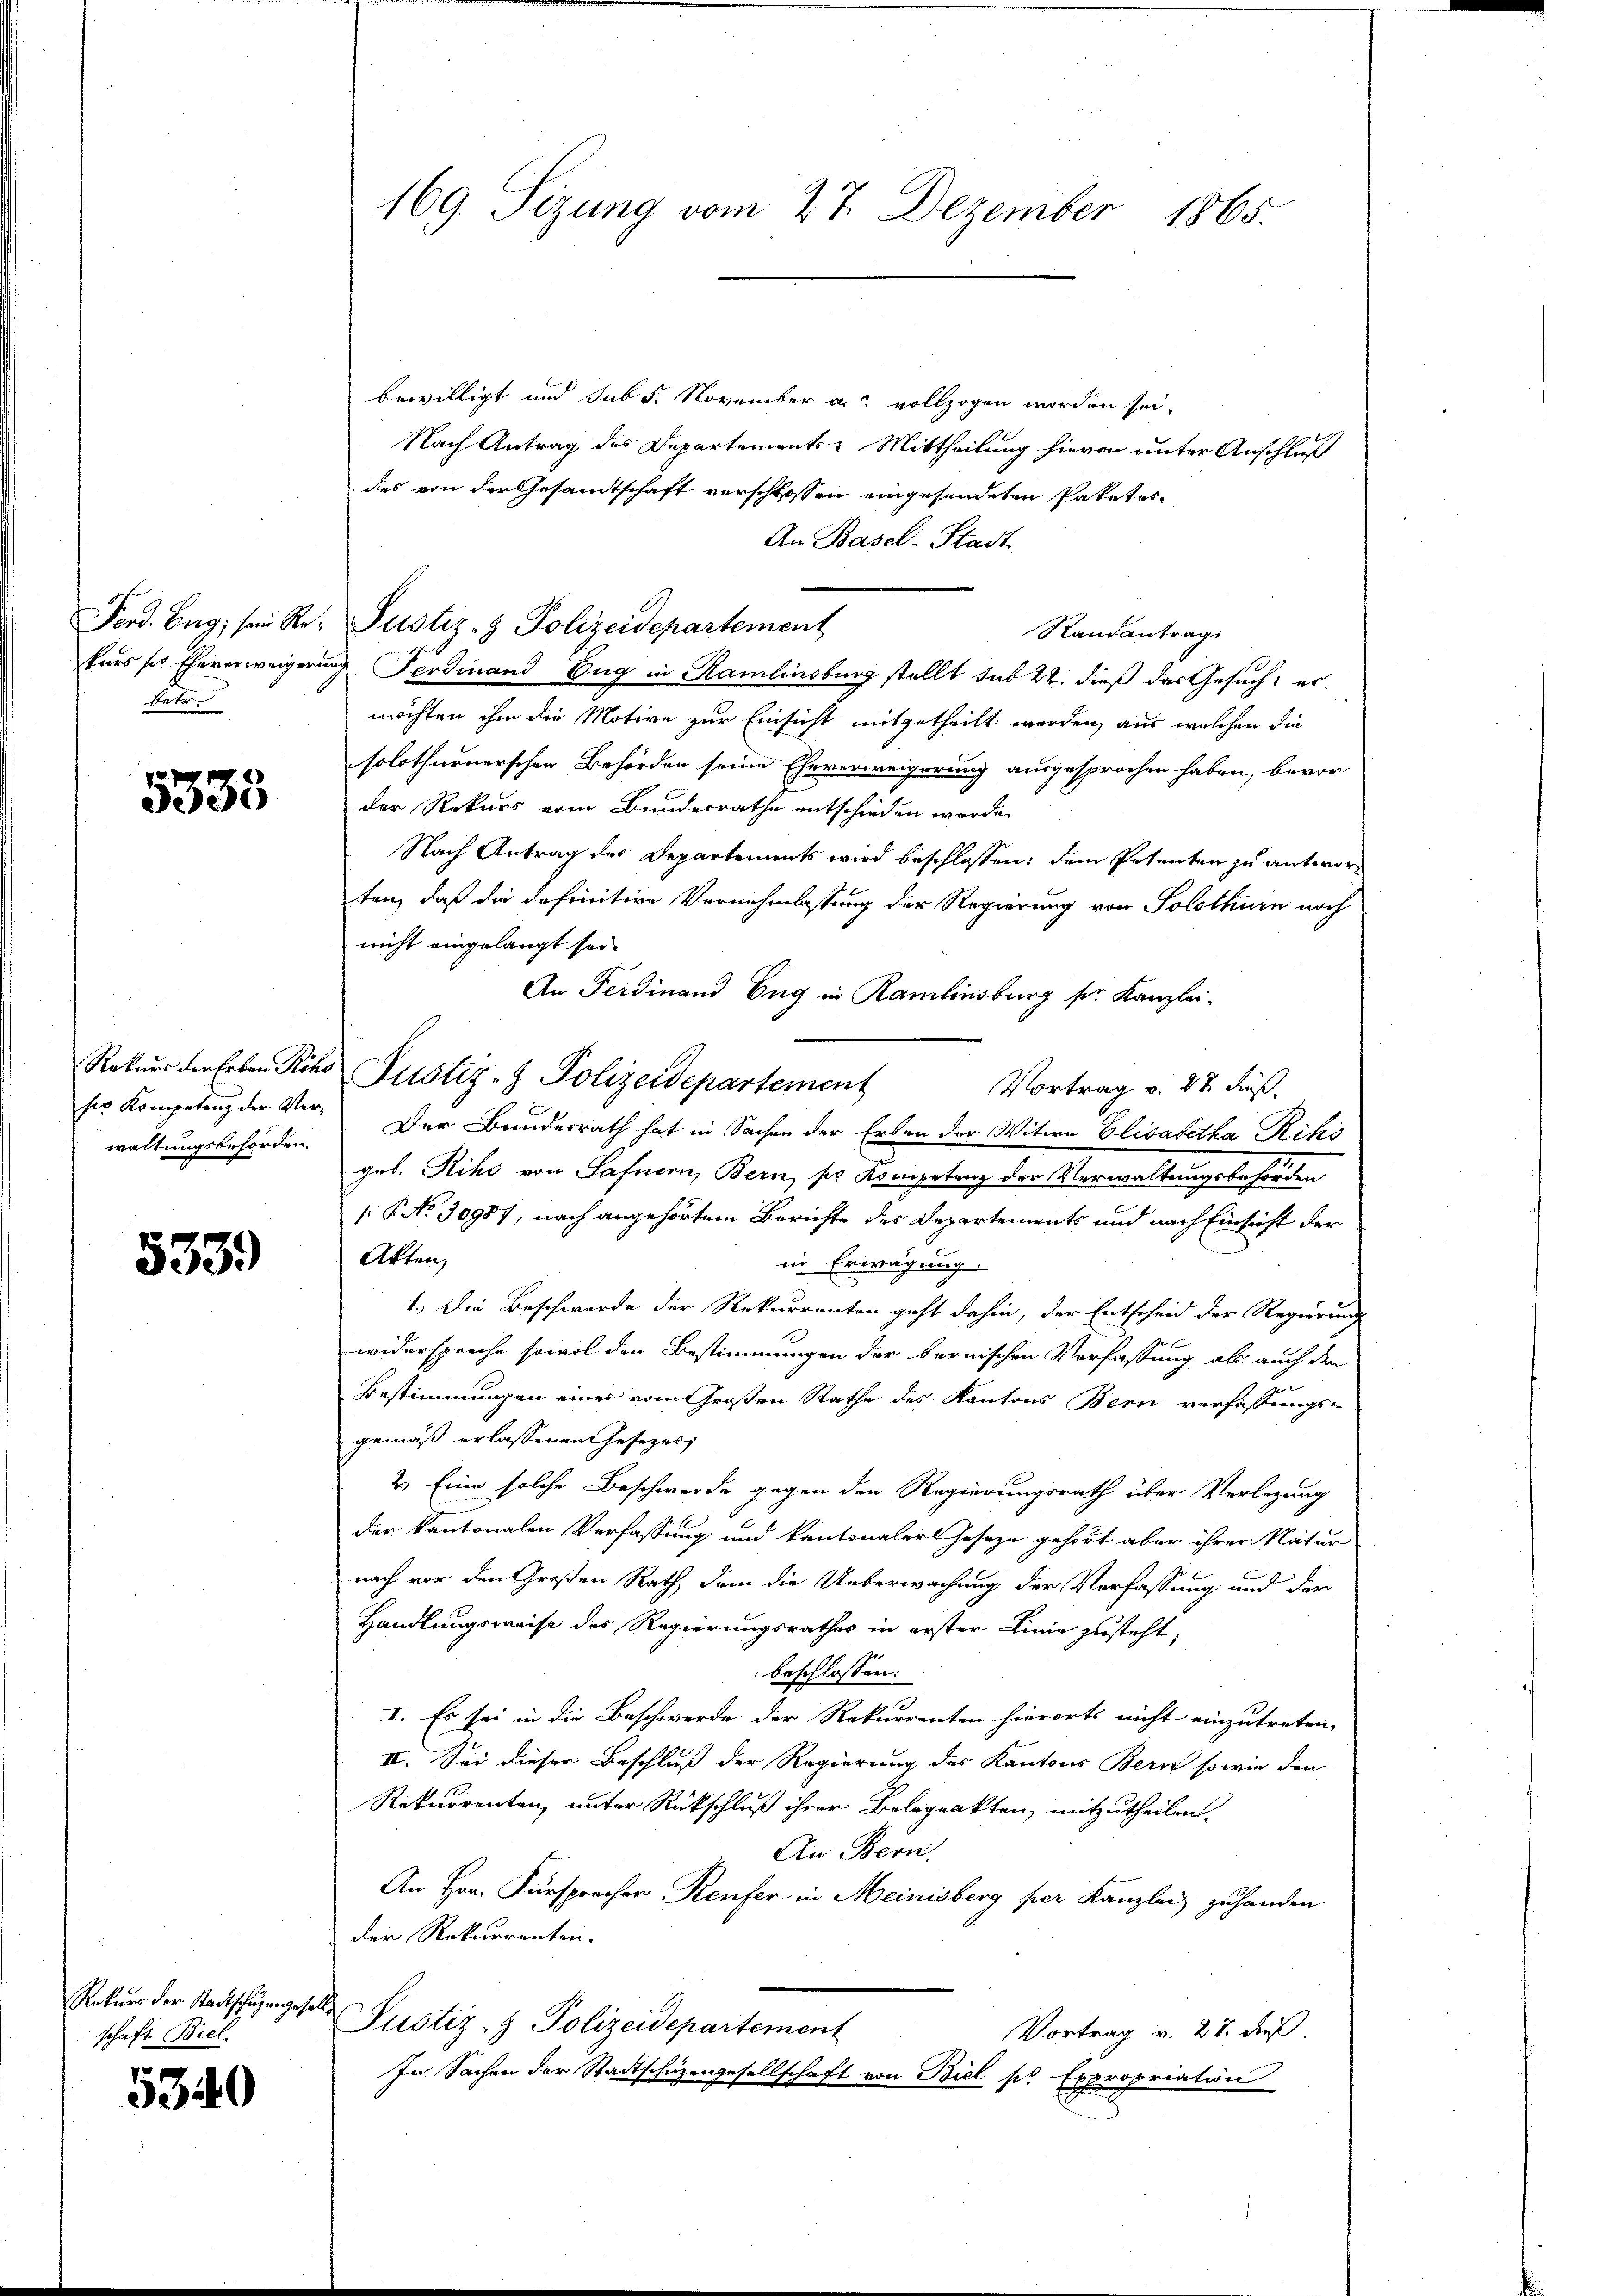
Erte

5333

waltungsbehörden.

533.

Rekurs der Stadtschügengefalls
schaft Biel.

5340

169. Sizung vom 27. Dezember 1865.

bewilligt und sub 5. November a vollzogen worden sei.
Nach Antrag des Departements-Mittheilung hievon unter Anschluß
des von der Gesamtschaft verschlossen eingesendeten Paketes
An Basel-Stadt
Randantrag
kurs sel. Eheverweigerung Ferdinand Zug in Ramlinsburg stellt sub 22. dieß das Gesuch: es
möchten ihm die Motive zur Einsicht mitgetheilt werden, aus welchen die
solothurnerschen Behörden seine Eheverweigerung ausgesprochen haben, bevor
der Rekurs vom Bundesrathe entschieden werde.
Nach Antrag des Departements wird beschlossen: dem Petenten zu antworten, daß die definitive Vernehmlassung der Regierung von Solothurn nach
nicht eingelangt sei.
An Ferdinand Eng in Ramlinsburg sr. Kanzlei-
Rekurs der Erben Reko Justiz- & Polizeidepartement
Vortrag v. 27 Fuß.
ser Kompetenz der Ver- Der Bundesrath hat in Sachen der Erben der Witwe Elisabetha Riki
geb. Rihs von Safnern, Bern, ses Kompetrag der Verwaltungsbehörden
P No 30987, nach angehörtem Berichte des Departements und nach Einsicht der
Akten
in Erwägung
1.) Die Beschwerde der Rekurrenten geht dahin, der Entscheid der Regierung
widerspreche sowol den Bestimmungen der bernischen Verfassung als auch den
Bestimmungen eines vom Großen Rathe des Kantons Bern verfassungs-
gemäß erlassenen Gesezes
2.) Eine solche Beschwerde gegen den Regierungsrath über Verlegung
der kantonalen Verfassung und kantonaler Geseze gehört aber ihrer Natur
nach vor den Großen Rath dem die Ueberwachung der Verfassung und der
Handlungsweise des Regierungsrathes in erster Linie zusteht,
beschlossen:
I. Es sei in die Beschwerde der Rekurrenten hierorts nicht einzutreten.
II. Sei dieser Beschluß der Regierung des Kantons Bern sowie den
Rekurrenten, unter Rückschluß ihrer Belageakten mitzutheilen.
An Bern.
An Hrn. Fürsprecher Reufer in Meinisberg per Kanzlei zuhanden
der Rekurrenten.
Justiz- & Polizeidepartement
Vortrag v. 27. dieß.
In Sachen der Stadtschäzengesellschaft von Biel pr Expropriation

Ferd. Burg, sein Re- Justiz- & Polizeidepartement